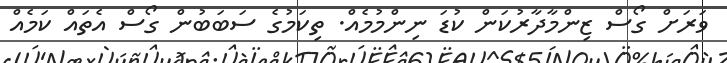
ވަރަށް ގޯސް ޒިންމާދާރުކަން ކުޑަ ނިންމުމެއް. ތިކަމުގެ ސަބަބުން ގޯސް އެތައް ކަމެއް